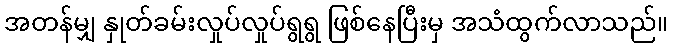
အတန်မျှ နှုတ်ခမ်းလှုပ်လှုပ်ရွရွ ဖြစ်နေပြီးမှ အသံထွက်လာသည်။